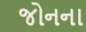
જોનના